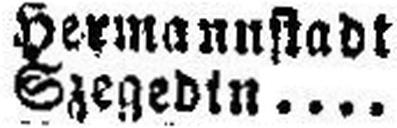
Szegedin